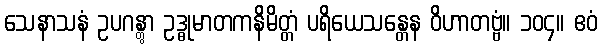
သေနာသနံ ဥပဂန္တွာ ဥဒ္ဓုမာတကနိမိတ္တံ ပရိယေသန္တေန ဝိဟာတဗ္ဗံ။ ၁၀၄။ ဧဝံ